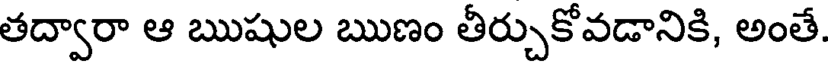
తద్వారా ఆ ఋషుల ఋణం తీర్చుకోవడానికి, అంతే.